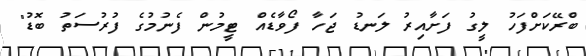
ބްރޭކަށްފަހު ލީގު ފަށާއިރު ލަނޑު ޖަހާ ފޯވާޑެއް ޓީމުން ފެނުމުގެ ފުރުސަތު ބޮޑު"